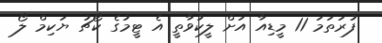
ފުރަތަމަ 11 މީޑިއާ އަށް ލީކުވާތީ އެ ޓީމުގެ ކޯޗު ޔަކިމް ލޯ